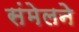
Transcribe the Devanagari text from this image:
संमेलनेे